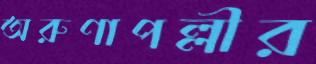
অরুণাপল্লীর